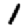
Digit: 1